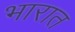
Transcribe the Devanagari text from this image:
भारात